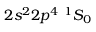
{ 2 s ^ { 2 } 2 p ^ { 4 } ~ ^ { 1 } S _ { 0 } }